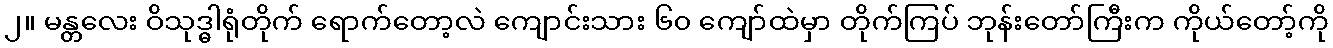
၂။ မန္တလေး ဝိသုဒ္ဓါရုံတိုက် ရောက်တော့လဲ ကျောင်းသား ၆၀ ကျော်ထဲမှာ တိုက်ကြပ် ဘုန်းတော်ကြီးက ကိုယ်တော့်ကို